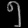
Digit: ၅